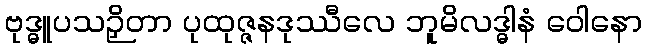
ဗုဒ္ဓူပသဉှိတာ ပုထုဇ္ဇနဒုဿီလေ ဘူမိလဒ္ဓါနံ ဝေါနော